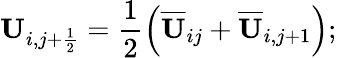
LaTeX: \mathbf{U}_{i,j+\frac{1}{2}}=\frac{1}{2}\left(\overline{{\mathbf{U}}}_{ij}+\overline{{\mathbf{U}}}_{i,j+1}\right);